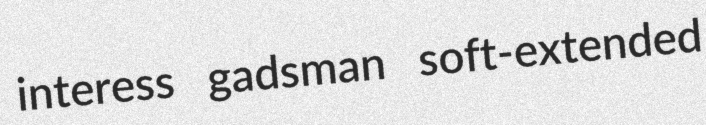
interess gadsman soft-extended